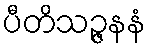
ပီတိသဉ္ဇနနံ